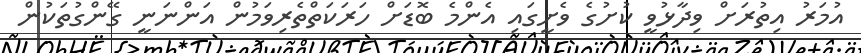
އުމަރު އިތުރަށް ވިދާޅުވީ ކުށުގެ ވެށީގައި އެންމެ ބޮޑަށް ހަރަކަތްތެރިވަމުން އަންނަނީ ގޭންގުތަކުން